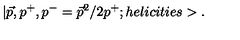
| \vec { p } , p ^ { + } , p ^ { - } = \vec { p } ^ { 2 } / 2 p ^ { + } ; h e l i c i t i e s > .